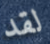
لقد